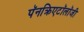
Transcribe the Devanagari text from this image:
पॅनक्रिएटॉलॉजी